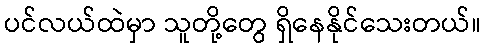
ပင်လယ်ထဲမှာ သူတို့တွေ ရှိနေနိုင်သေးတယ်။